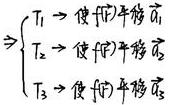
$\left\{\begin{array}{l}T_1\$使$f(x)$平移$\overrightarrow{a_1}T_2\$使$f(x)$平移$\overrightarrow{a_2}T_3\$使$f(x)$平移$\overrightarrow{a_3}\end{array}\right.$